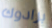
برادوك